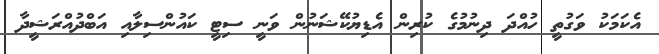
އެކަމަކު ވަގުތީ ހުއްދަ ދިނުމުގެ ކުރިން އެޑިޔުކޭޝަނުން ވަނީ ސިޓީ ކައުންސިލާއި އަބްދުއްރަޝީދާ